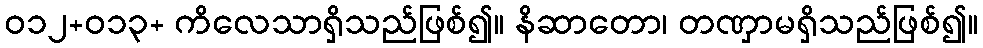
ဝ၁၂+၀၁၃+ ကိလေသာရှိသည်ဖြစ်၍။ နိဆာတော၊ တဏှာမရှိသည်ဖြစ်၍။